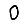
Digit: 0